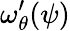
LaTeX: \omega_{\theta}^{\prime}(\psi)